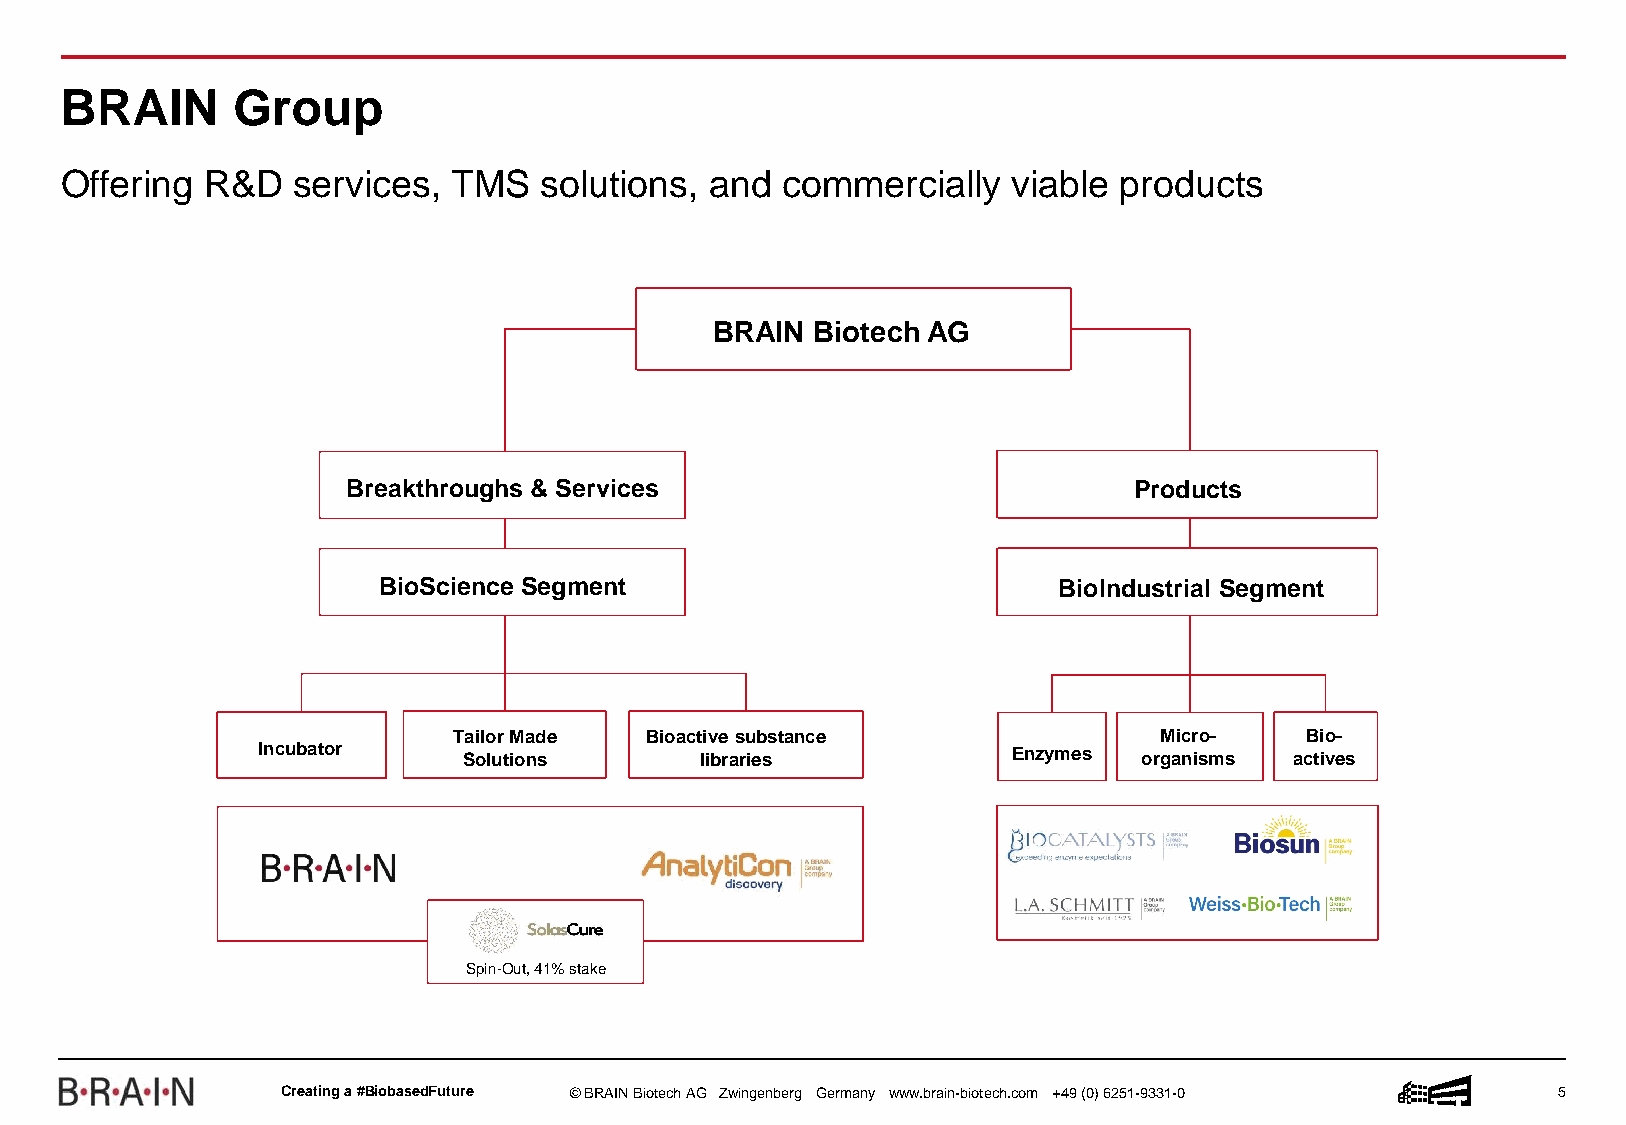
BRAIN      Group
 Offering R&D   services,  TMS   solutions, and  commercially   viable products
 BRAIN  Biotech AG
 Breakthroughs & Services                            Products
 BioScience Segment                           BioIndustrial Segment
 Tailor Made  Bioactive substance               Micro-   Bio-
 Incubator     Solutions      libraries            Enzymes  organisms actives
 Spin-Out, 41% stake
 Creatinga #BiobasedFuture © BRAIN BiotechAG Zwingenberg Germany www.brain-biotech.com +49 (0) 6251-9331-0 5